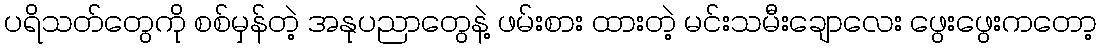
ပရိသတ်တွေကို စစ်မှန်တဲ့ အနုပညာတွေနဲ့ ဖမ်းစား ထားတဲ့ မင်းသမီးချောလေး ဖွေးဖွေးကတော့